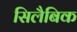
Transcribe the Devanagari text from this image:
सिलैबिक